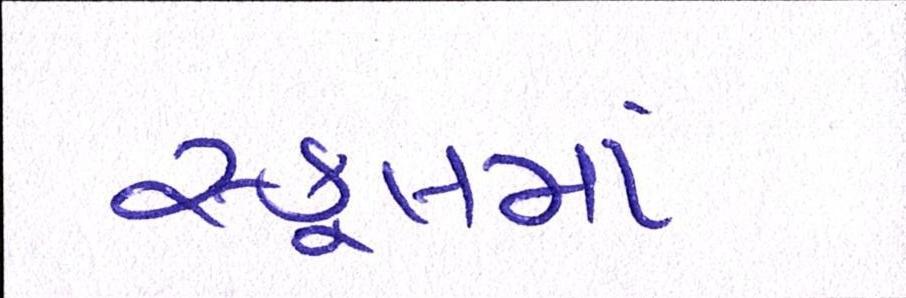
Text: સ્કૂલમાં